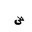
Letter: _sad